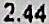
2.44